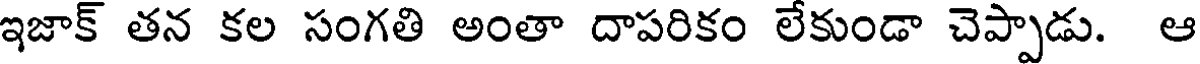
ఇజాక్ తన కల సంగతి అంతా దాపరికం లేకుండా చెప్పాడు. ఆ